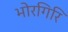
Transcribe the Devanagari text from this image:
भोरगिरि